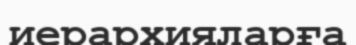
иерархияларға